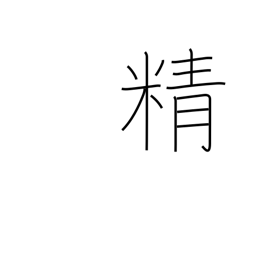
Meaning: energy